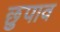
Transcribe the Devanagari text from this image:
छुपाव